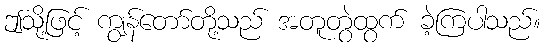
ဤသို့ဖြင့် ကျွန်တော်တို့သည် အတူတွဲထွက် ခဲ့ကြပါသည်။